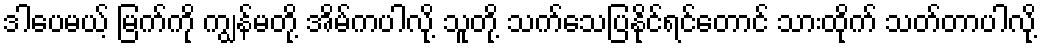
ဒါပေမယ့် မြက်ကို ကျွန်မတို့ အိမ်ကပါလို့ သူတို့ သက်သေပြနိုင်ရင်တောင် သားထိုက် သတ်တာပါလို့